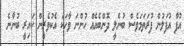
އުފާ އުފަލުން ފުރަތަމަވެސް ބުނެލީ ދޮންބެއެއް ހުންނަ ވާހަކަ އެކުވެރީން ކައިރީ ބުނާނެ